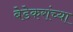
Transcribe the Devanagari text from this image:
बेडेकरांच्या